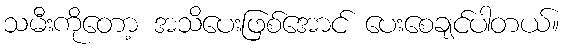
သမီးကိုတော့ အသိပေးဖြစ်အောင် ပေးစေချင်ပါတယ်။